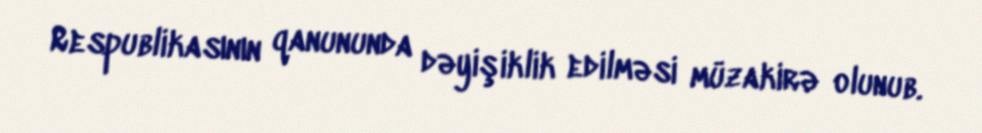
Respublikasının qanununda dəyişiklik edilməsi müzakirə olunub.